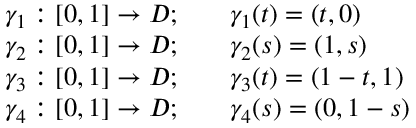
{ \begin{array} { r l } { \gamma _ { 1 } : [ 0 , 1 ] \to D ; \quad } & { \gamma _ { 1 } ( t ) = ( t , 0 ) } \\ { \gamma _ { 2 } : [ 0 , 1 ] \to D ; \quad } & { \gamma _ { 2 } ( s ) = ( 1 , s ) } \\ { \gamma _ { 3 } : [ 0 , 1 ] \to D ; \quad } & { \gamma _ { 3 } ( t ) = ( 1 - t , 1 ) } \\ { \gamma _ { 4 } : [ 0 , 1 ] \to D ; \quad } & { \gamma _ { 4 } ( s ) = ( 0 , 1 - s ) } \end{array} }